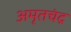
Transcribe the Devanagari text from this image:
अमृतचंद्र